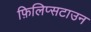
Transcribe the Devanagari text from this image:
फ़िलिप्सटाउन